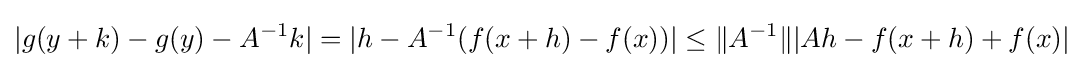
|g(y+k)-g(y)-A^{-1}k|=|h-A^{-1}(f(x+h)-f(x))|\leq \|A^{-1}\||Ah-f(x+h)+f(x)|